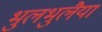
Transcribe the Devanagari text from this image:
भुलभुलैया